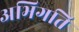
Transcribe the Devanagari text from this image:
अभिगति